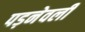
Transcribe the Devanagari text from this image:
पड़नेवली